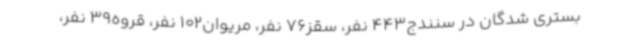
بستری شدگان در سنندج443 نفر، سقز76 نفر، مریوان102 نفر، قروه39 نفر،